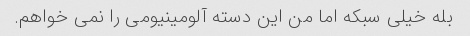
بله خیلی سبکه اما من این دسته آلومینیومی را نمی خواهم.